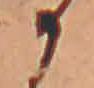
か